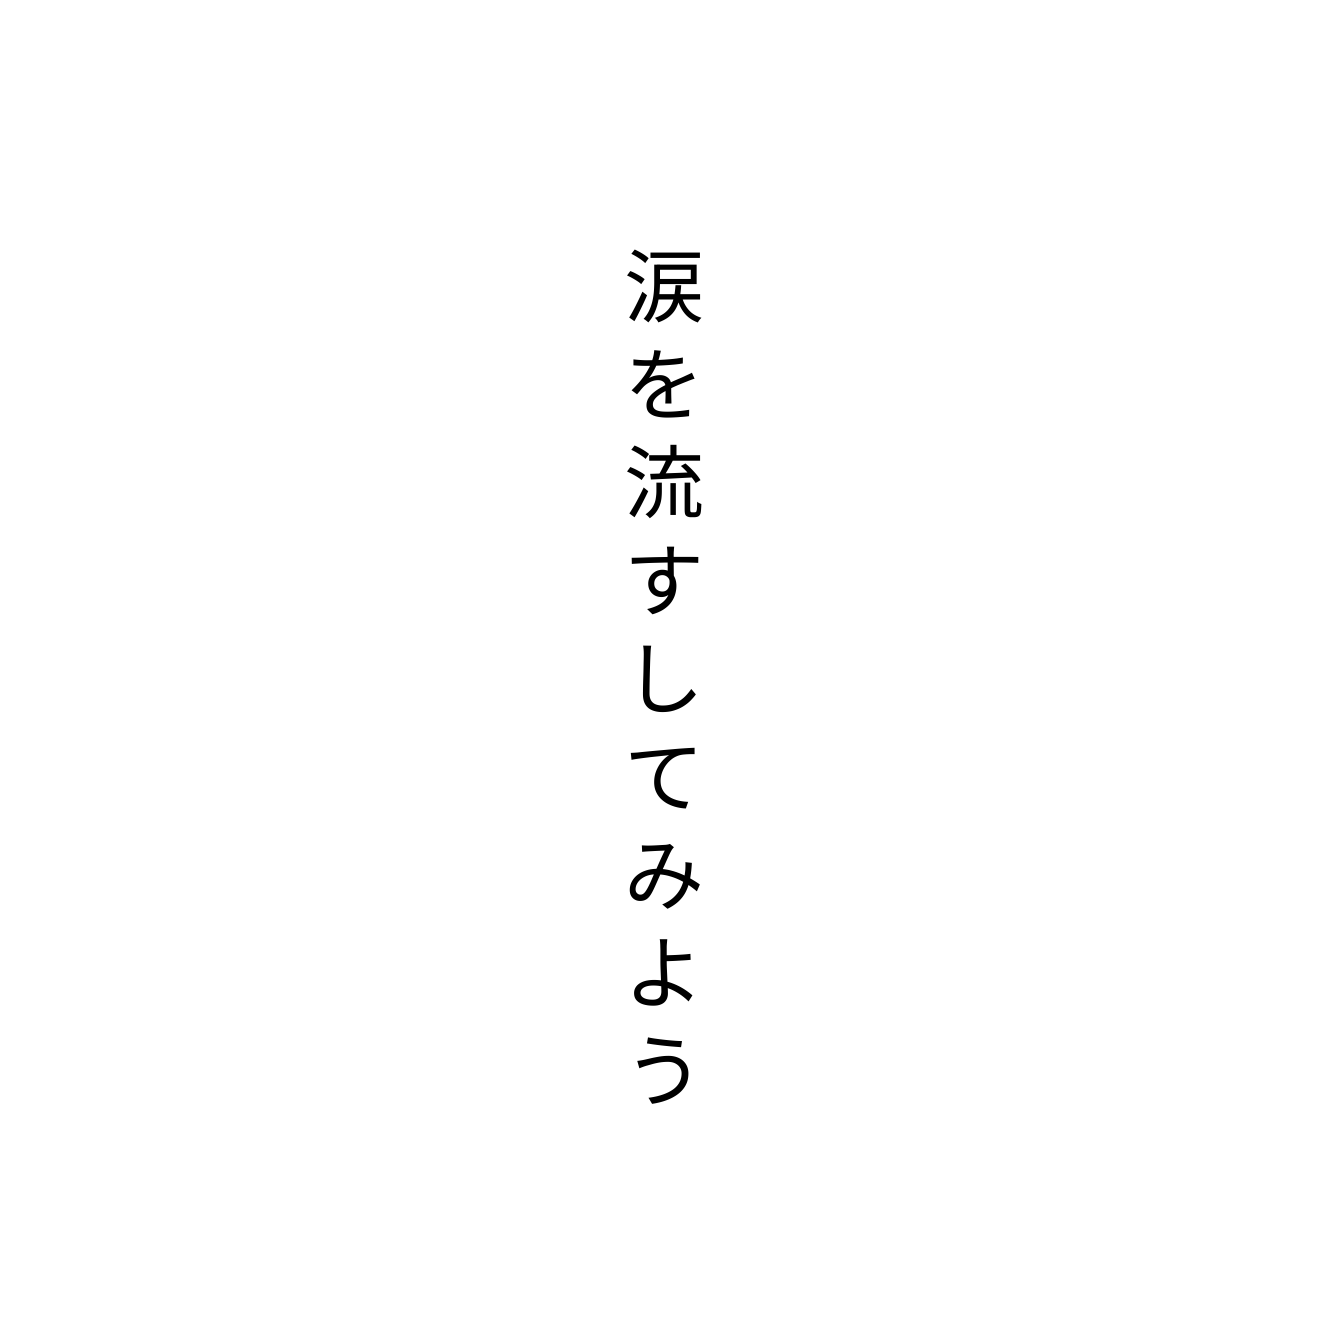
涙を流すしてみよう